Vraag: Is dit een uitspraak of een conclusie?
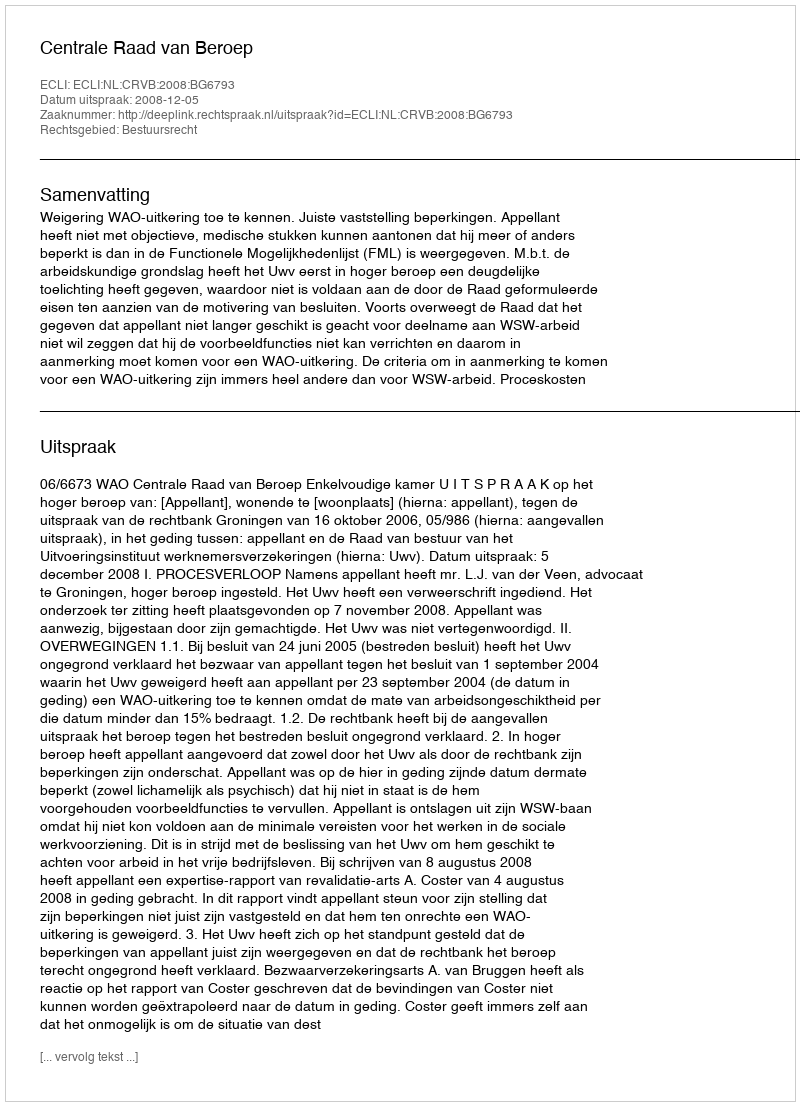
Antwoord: Uitspraak